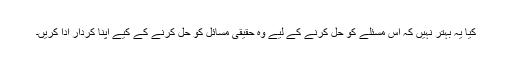
کیا یہ بہتر نہیں کہ اس مسئلے کو حل کرنے کے لیے وہ حقیقی مسائل کو حل کرنے کے کیے اپنا کردار ادا کریں۔